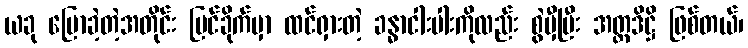
ယခု ပြောခဲ့တဲ့အတိုင်း မြင်ခိုက်မှာ ထင်ရှားတဲ့ ခန္ဓာငါးပါးကိုလည်း စွဲမှီပြီး အတ္တဒိဋ္ဌိ ဖြစ်တယ်၊